Scottish Leaving Certificate Examination, 1956
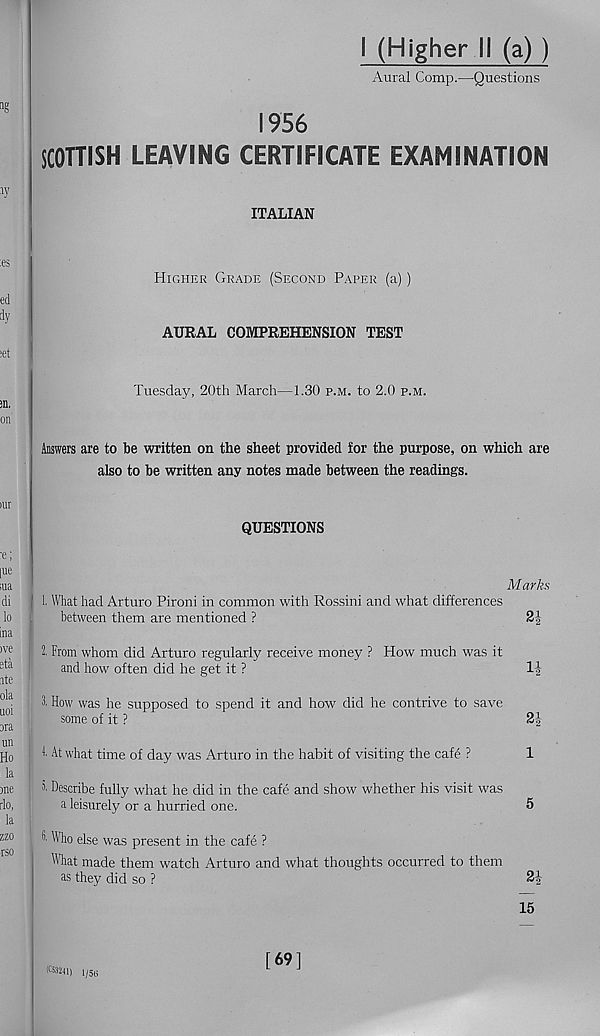
1 (Higher II (a) )
Aural Comp.—Questions
1956
SCOTTISH LEAVING CERTIFICATE EXAMINATION
ITALIAN
Higher Grade (Second Paper (a))
AURAL COMPREHENSION TEST
Tuesday, 20th March—1.30 p.m. to 2.0 p.m.
Answers are to be written on the sheet provided for the purpose, on which are
also to be written any notes made between the readings.
QUESTIONS
Marks
1. What had Arturo Pironi in common with Rossini and what differences
between them are mentioned ?
2^
l From whom did Arturo regularly receive money ? How much was it
and how often did he get it ?
1J
3. How was he supposed to spend it and how did he contrive to save
some of it ?
21
f At what time of day was Arturo in the habit of visiting the cafe ?
1
Describe fully what he did in the cafe and show whether his visit was
a leisurely or a hurried one.
5
* >■ Who else was present in the cafe ?
What made them watch Arturo and what thoughts occurred to them
as they did so ?
2 J-
15
(053241) l/5n
[69]